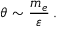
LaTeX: \theta \sim { \frac { m _ { e } } { \varepsilon } } \, .